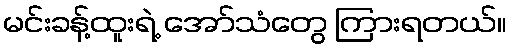
မင်းခန့်ထူးရဲ့ အော်သံတွေ ကြားရတယ်။